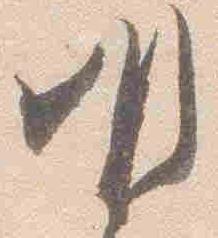
明